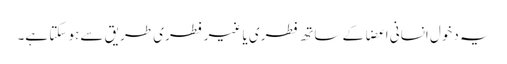
یہ دخول انسانی اعضا کے ساتھ فطری یا غیر فطری طریق سے ہو سکتا ہے۔